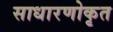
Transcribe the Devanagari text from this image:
साधारणोकृत